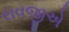
રાવજીએ